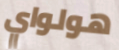
هولواي